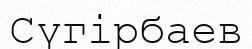
Сүгірбаев